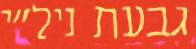
גבעת ניל"י